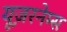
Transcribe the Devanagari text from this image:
यूज़रनेम्स